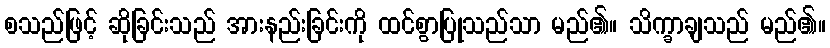
စသည်ဖြင့် ဆိုခြင်းသည် အားနည်းခြင်းကို ထင်စွာပြုသည်သာ မည်၏။ သိက္ခာချသည် မည်၏။